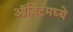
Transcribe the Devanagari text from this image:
ऑर्बिटमध्ये